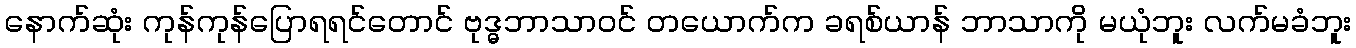
နောက်ဆုံး ကုန်ကုန်ပြောရရင်တောင် ဗုဒ္ဓဘာသာဝင် တယောက်က ခရစ်ယာန် ဘာသာကို မယုံဘူး လက်မခံဘူး